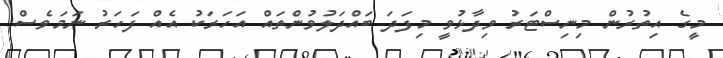
މީގެ އިތުރުން މިނިސްޓަރު ވިދާޅުވީ މިފަދަ ބައްދަލުވުންތައް އަހަރަކު އެއް ފަހަރު ނަމަވެސް